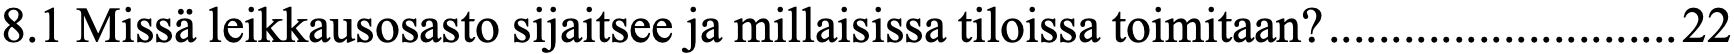
8.1 Missä leikkausosasto sijaitsee ja millaisissa tiloissa toimitaan? ............................ 22